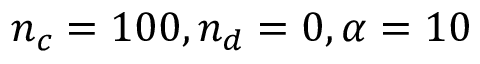
n _ { c } = 1 0 0 , n _ { d } = 0 , \alpha = 1 0